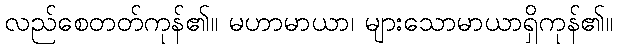
လည်စေတတ်ကုန်၏။ မဟာမာယာ၊ များသောမာယာရှိကုန်၏။